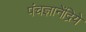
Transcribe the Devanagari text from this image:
पंचज्ञानेंद्रिये